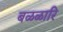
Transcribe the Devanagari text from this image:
बळळारि